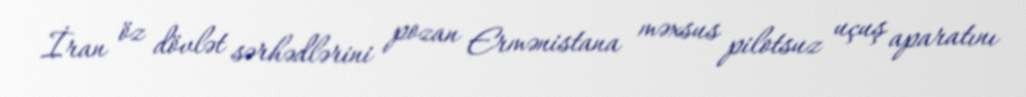
İran öz dövlət sərhədlərini pozan Ermənistana məxsus pilotsuz uçuş aparatını